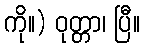
ကို။) ဝုတ္တာ၊ ပြီ။